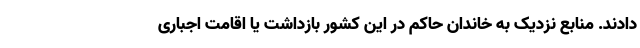
دادند. منابع نزدیک به خاندان حاکم در این کشور بازداشت یا اقامت اجباری